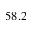
5 8 . 2